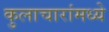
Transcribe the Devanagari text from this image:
कुलाचारांमध्ये